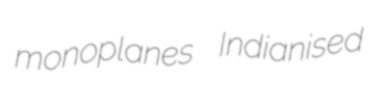
monoplanes Indianised